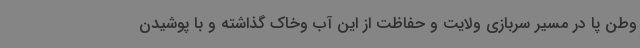
وطن پا در مسیر سربازی ولایت و حفاظت از این آب وخاک گذاشته و با پوشیدن